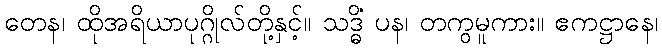
တေန၊ ထိုအရိယာပုဂ္ဂိုလ်တို့နှင့်။ သဒ္ဓိံ ပန၊ တကွမူကား။ ဧကဋ္ဌာနေ၊